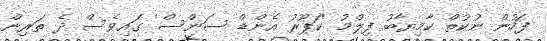
ފަހުން ނުކުތް ކާމިޔާބު ފިލްމު 'ކަޕޫރު އެންޑް ސަންސް' ގައިވެސް ދެ ތަރިން